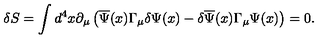
\delta S = \int d ^ { 4 } x \partial _ { \mu } \left( \overline { { \Psi } } ( x ) \Gamma _ { \mu } \delta \Psi ( x ) - \delta \overline { { \Psi } } ( x ) \Gamma _ { \mu } \Psi ( x ) \right) = 0 .